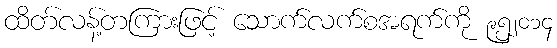
ထိတ်လန့်တကြားဖြင့် သောက်လက်စအရက်ကို ၉၅၂၀၁၄